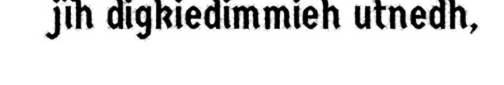
jïh digkiedimmieh utnedh,